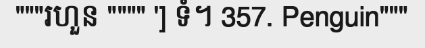
"""រហួន """" '] ទំ។ 357. Penguin"""